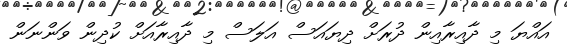
އައްޔަ މި ދާއިރާއިން ދުރަށް ދިޔައަސް އަލަސް މި ދާއިރާއަށް ކުދިން ވަންނަން